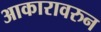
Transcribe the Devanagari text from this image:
आकारावरुन